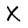
Character: X